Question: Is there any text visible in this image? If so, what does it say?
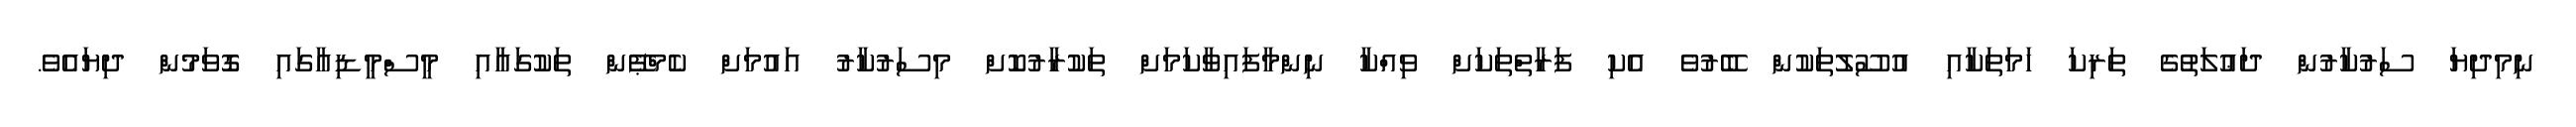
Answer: ނިމިދިޔަ ސަރުކާރުން ދަޢުލަތުގެ ތަރިކަ ހަމަތަކާއި އުސޫލުތަކުން ބޭރުވެ އެކި ފަރާތްތަކަށް ވިއްކާ ނިންމާފައިވާކަމަށް ތަކުރާރުކޮށް މިސަރުކާރު އައުމަށް ކެމްޕޭން ތަކުގައާއި މީސްމީޑިއާގައި ގޮވަމުން ދިޔައެވެ.